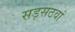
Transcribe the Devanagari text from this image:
सड़सठवां